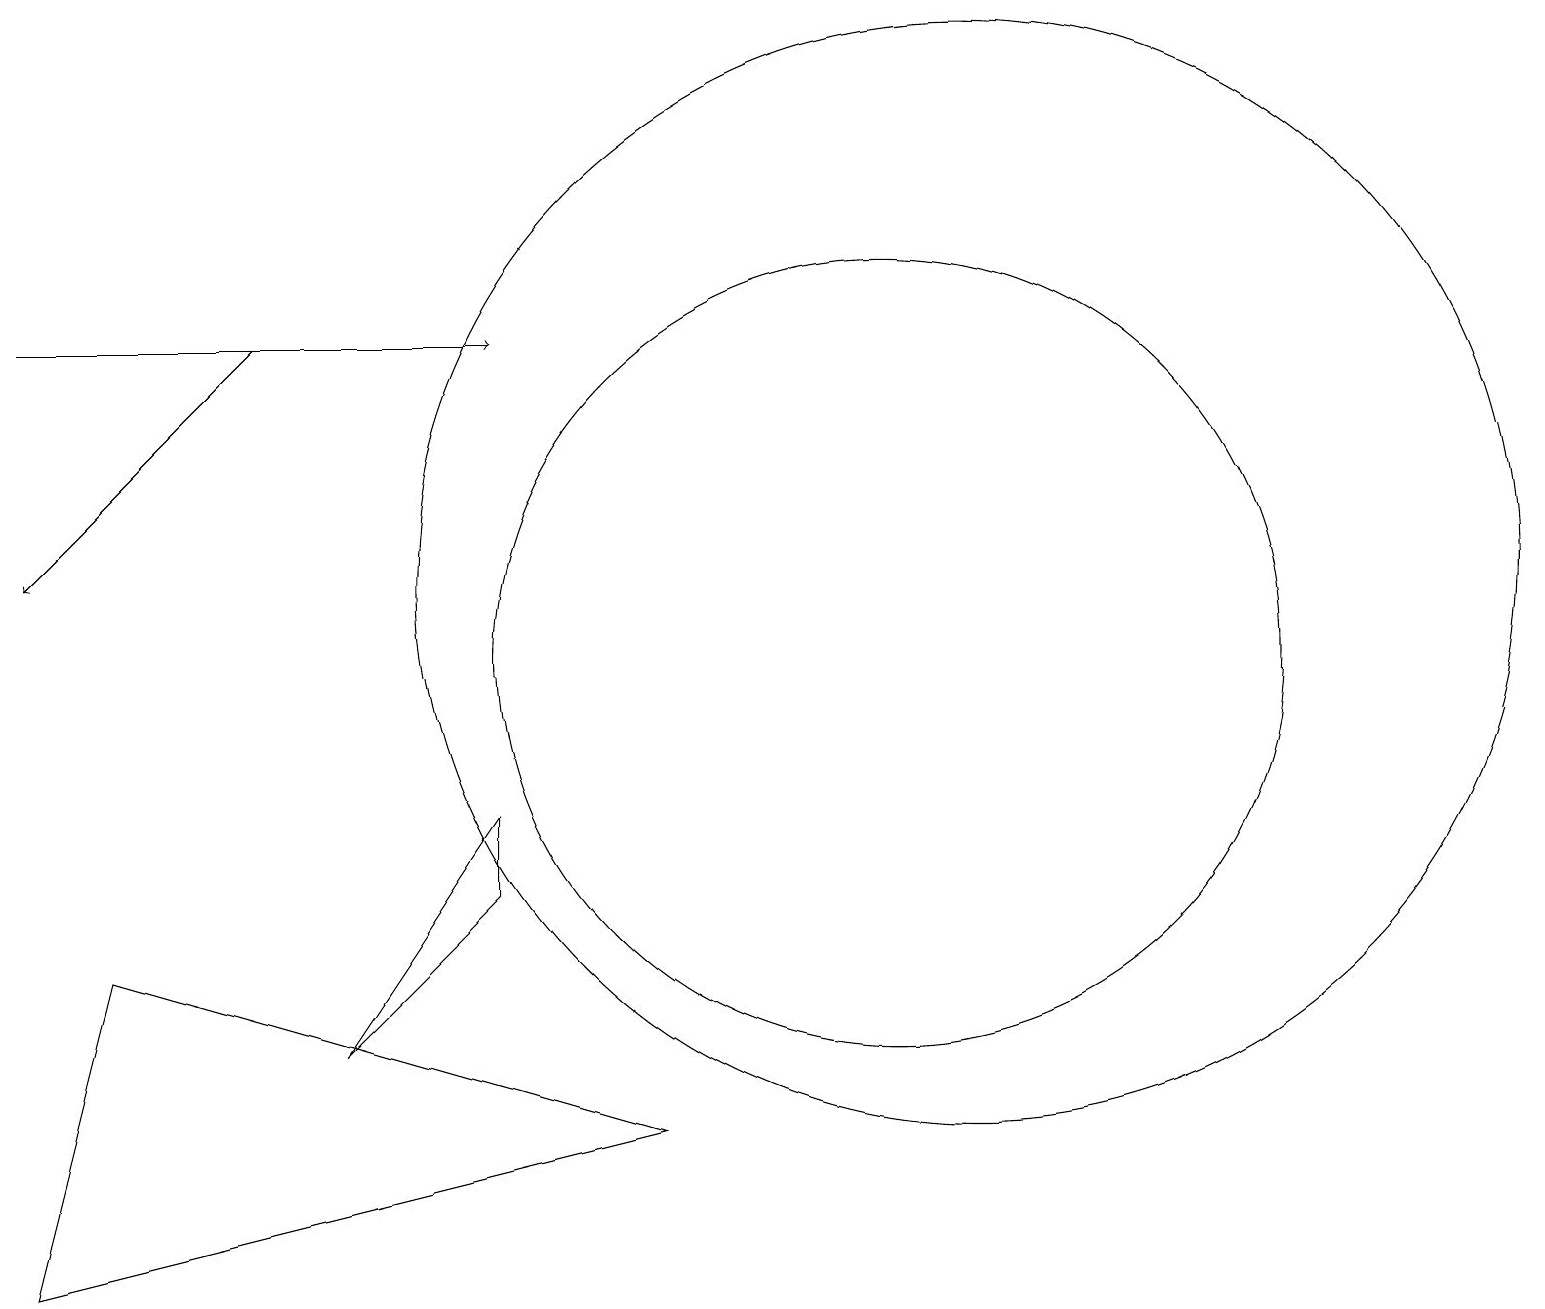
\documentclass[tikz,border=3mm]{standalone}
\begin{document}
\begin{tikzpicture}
\draw (6,8) -- (4,6) -- (6,9) -- cycle;
\draw[->] (0,15) -- (6,15);
\draw (11,10) circle (0);
\draw (12,12) circle (7);
\draw (1,7) -- (8,5) -- (0,3) -- cycle;
\draw (11,11) circle (5);
\draw[->] (3,15) -- (0,12);
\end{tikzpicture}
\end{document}